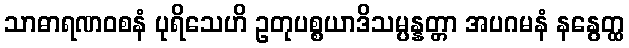
သာဓာရဏဝစနံ ပုရိသေဟိ ဥတုပစ္စယာဒိသမ္ပန္နတ္တာ အပဂမနံ နနွေတ္ထ